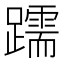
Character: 𫏧